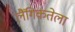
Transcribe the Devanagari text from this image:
लैंगिकतेला